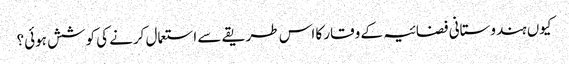
کیوں ہندوستانی فضائیہ کے وقار کا اس طریقے سے استعمال کرنے کی کوشش ہوئی؟